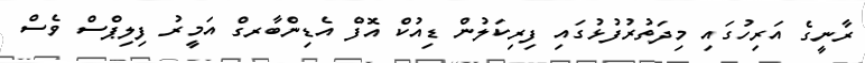
ރާނީގެ އަރިހުގައި މިދަތުރުފުޅުގައި ފިރިކަލުން ޑިއުކް އޮފް އެޑިންބާރގް އަމީރު ފިލިޕްސް ވެސް